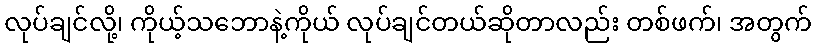
လုပ်ချင်လို့၊ ကိုယ့်သဘောနဲ့ကိုယ် လုပ်ချင်တယ်ဆိုတာလည်း တစ်ဖက်၊ အတွက်